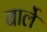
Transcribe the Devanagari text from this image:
बार्ले